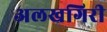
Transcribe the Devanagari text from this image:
अलखगिरी